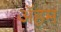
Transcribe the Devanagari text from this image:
ॲहम